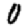
Digit: 0